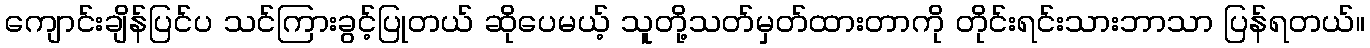
ကျောင်းချိန်ပြင်ပ သင်ကြားခွင့်ပြုတယ် ဆိုပေမယ့် သူတို့သတ်မှတ်ထားတာကို တိုင်းရင်းသားဘာသာ ပြန်ရတယ်။